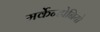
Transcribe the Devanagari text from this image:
मर्केन्टोनियो